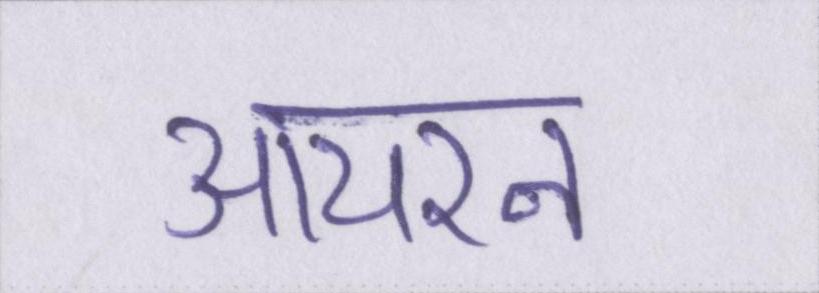
आयरन